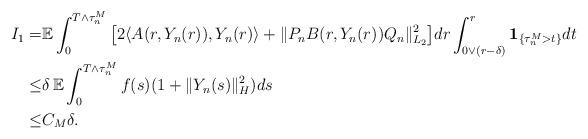
LaTeX: \begin{align*}I_1 = & \mathbb{E} \int_0^{T\wedge\tau_n^M} \big[ 2\langle A(r,Y_n(r)), Y_n(r) \rangle + \Vert P_n B(r,Y_n(r))Q_n \Vert_{L_2}^2 \big] dr \int_{0\vee(r-\delta)}^{r} \mathbf{1}_{\{\tau_n^M>t\}} dt \\\leq & \delta \, \mathbb{E} \int_0^{T\wedge\tau_n^M} f(s) (1+\Vert Y_n(s)\Vert_H^2) ds \\\leq & C_M \delta .\end{align*}